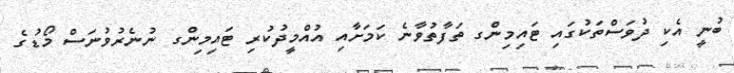
ބުނީ އެކި ދުވަސްތަކުގައި ޓައިމިންގ ތަފާތުވާނެ ކަމަށާއި އުއްމީދުކުރި ޓައިމިންގ ނުނެރުވުނަސް މޯޑުގެ